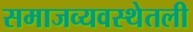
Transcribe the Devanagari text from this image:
समाजव्यवस्थेतली